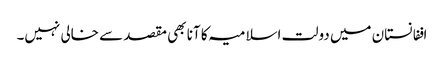
اففانستان میں دولت اسلامیہ کا آنا بھی مقصد سے خالی نہیں۔